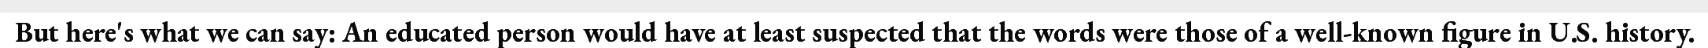
But here's what we can say: An educated person would have at least suspected that the words were those of a well-known figure in U.S. history.